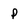
Character: P